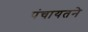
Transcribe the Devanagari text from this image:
पंचायतने